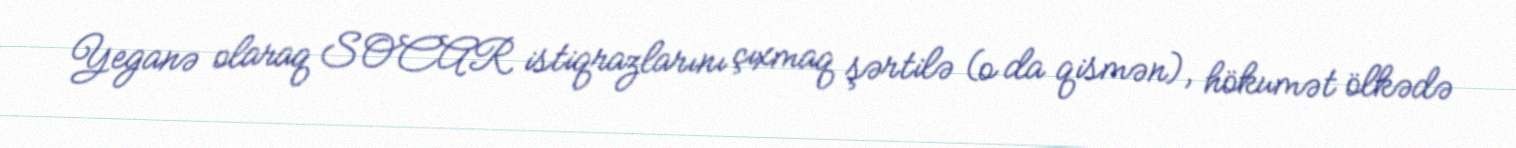
Yeganə olaraq SOCAR istiqrazlarını çıxmaq şərtilə (o da qismən), hökumət ölkədə